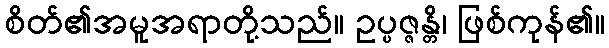
စိတ်၏အမူအရာတို့သည်။ ဥပ္ပဇ္ဇန္တိ၊ ဖြစ်ကုန်၏။